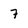
Character: 7